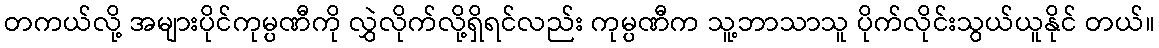
တကယ်လို့ အများပိုင်ကုမ္ပဏီကို လွှဲလိုက်လို့ရှိရင်လည်း ကုမ္ပဏီက သူ့ဘာသာသူ ပိုက်လိုင်းသွယ်ယူနိုင် တယ်။